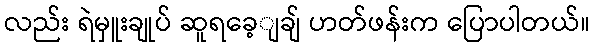
လည်း ရဲမှူးချုပ် ဆူရခေ့ျချ် ဟတ်ဖန်းက ပြောပါတယ်။